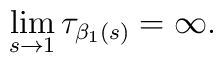
\lim\limits_{s\rightarrow 1}\tau_{\beta_1(s)}=\infty .